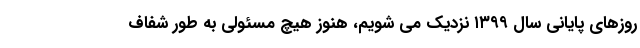
روزهای پایانی سال ۱۳۹۹ نزدیک می شویم، هنوز هیچ مسئولی به طور شفاف